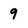
Character: 9